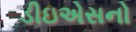
ડીઇએસનો